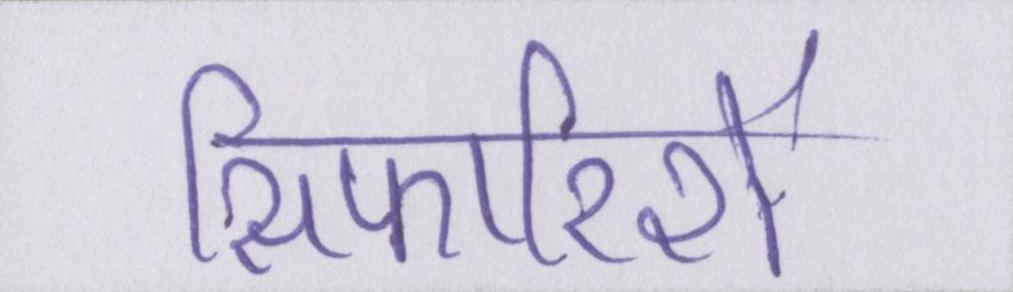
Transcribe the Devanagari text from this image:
सिफारिशें